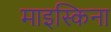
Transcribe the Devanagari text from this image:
माइस्किना